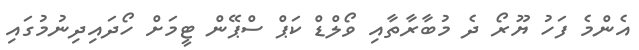
އެންމެ ފަހު ޔޫރޯ ދެ މުބާރާތާއި ވޯލްޑް ކަޕް ސްޕޭން ޓީމަށް ހޯދައިދިނުމުގައި